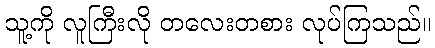
သူ့ကို လူကြီးလို တလေးတစား လုပ်ကြသည်။